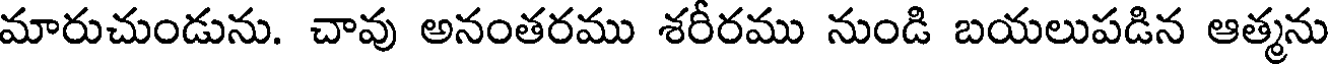
మారుచుండును. చావు అనంతరము శరీరము నుండి బయలుపడిన ఆత్మను